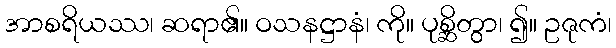
အာစရိယဿ၊ ဆရာ၏။ ဝသနဋ္ဌာနံ၊ ကို။ ပုစ္ဆိတွာ၊ ၍။ ဥဇုကံ၊